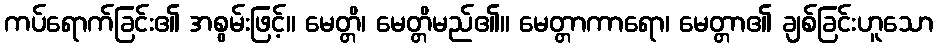
ကပ်ရောက်ခြင်း၏ အစွမ်းဖြင့်။ မေတ္တိ၊ မေတ္တိမည်၏။ မေတ္တာကာရော၊ မေတ္တာ၏ ချစ်ခြင်းဟူသော